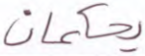
يحكمان